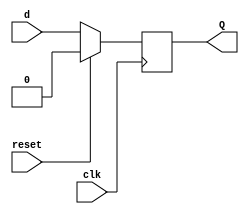
`timescale 1ns / 1ps

module D_flipflop(
    input d, clk, reset,
    output reg Q
    );
    
    always@(posedge clk)
          begin
            if(reset)
                Q<= 1'b0;
            else 
                Q <= d;
            end
endmodule


module serialin_serialout_register(
    input clk, reset, serial_in,
    output serial_out
    );

    wire q1, q0;

    D_flipflop D2(serial_in, clk, reset, q1);
    D_flipflop D1(q1, clk, reset, q0);
    D_flipflop D0(q0, clk, reset, serial_out);
    
endmodule